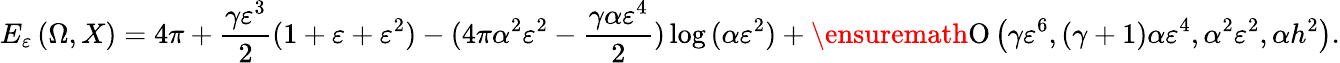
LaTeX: E_{\varepsilon}\left(\Omega,X\right)=4\pi+\frac{\gamma\varepsilon^{3}}{2}(1+\varepsilon+\varepsilon^{2})-(4\pi\alpha^{2}\varepsilon^{2}-\frac{\gamma\alpha\varepsilon^{4}}{2})\log{(\alpha\varepsilon^{2})}+\ensuremath{\operatorname{O}\left(\gamma\varepsilon^{6},(\gamma+1)\alpha\varepsilon^{4},\alpha^{2}\varepsilon^{2},\alpha h^{2}\right)}.